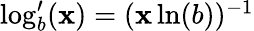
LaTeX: \textstyle\log_{b}^{\prime}(\mathbf{x})=(\mathbf{x}\ln(b))^{-1}